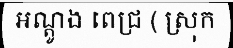
អណ្តូង ពេជ្រ ( ស្រុក